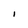
Character: I